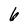
Character: 6